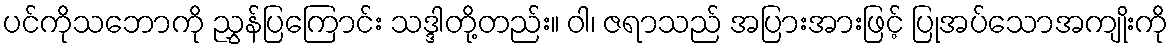
ပင်ကိုသဘောကို ညွှန်ပြကြောင်း သဒ္ဒါတို့တည်း။ ဝါ၊ ဇရာသည် အပြားအားဖြင့် ပြုအပ်သောအကျိုးကို